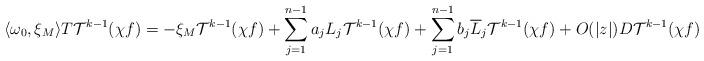
LaTeX: \begin{align*}\langle \omega_0, \xi_M\rangle T\mathcal T^{k-1}(\chi f)=-\xi_M \mathcal T^{k-1}(\chi f)+\sum_{j=1}^{n-1}a_jL_j\mathcal T^{k-1}(\chi f)+\sum_{j=1}^{n-1}b_j\overline L_j\mathcal T^{k-1}(\chi f)+O(|z|)D\mathcal T^{k-1}(\chi f).\end{align*}